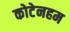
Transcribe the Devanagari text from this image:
कोटेनहम